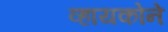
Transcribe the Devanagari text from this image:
व्हायकोने